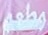
مطعم